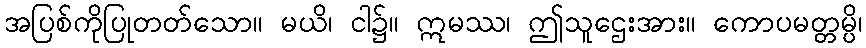
အပြစ်ကိုပြုတတ်သော။ မယိ၊ ငါ၌။ ဣမဿ၊ ဤသူဌေးအား။ ကောပမတ္တမ္ပိ၊